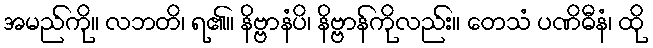
အမည်ကို။ လဘတိ၊ ရ၏။ နိဗ္ဗာနံပိ၊ နိဗ္ဗာန်ကိုလည်း။ တေသံ ပဏိဓီနံ၊ ထို